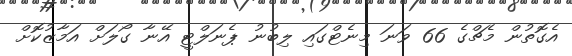
އެގޮތުން މެޗްގެ 66 ވަނަ މިނެޓްގައި ލިބުނު ޕެނަލްޓީ އޭނާ ގޯލަށް އަމާޒުކޮށް